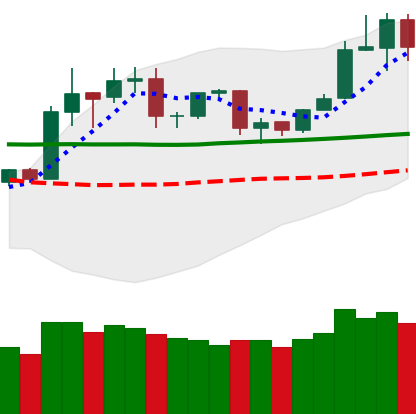
Ticker: TRX-USD
Chart end date: 2020-01-31
Forward return: 11.209%
Label: up_7plus